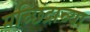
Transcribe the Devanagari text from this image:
मच्छिंद्राच्या